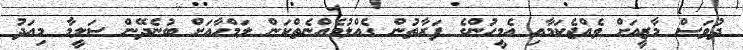
ދުވަސް މާޒީއަށް ވެއްޖެކަމާއި އެމީހުންގެ ފަރާތުން ގެއްލުމެއްނެތްކަން ލަމްހާއަށް ބުނެދޭން ސަލީމާ މިއަދު